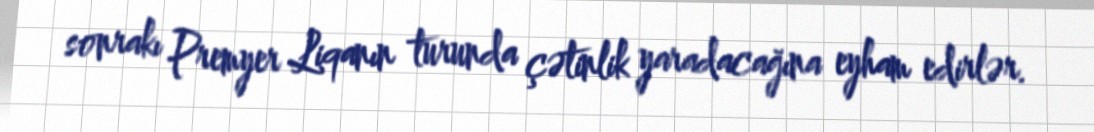
sonrakı Premyer Liqanın turunda çətinlik yaradacağına eyham edirlər.